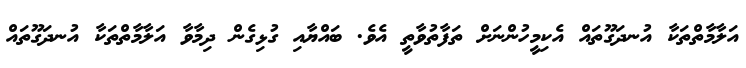
އަލާމާތްތަކާ އުނދަގޫތައް އެކިމީހުންނަށް ތަފާތުވާތީ އެވެ. ބައްޔާއި ގުޅިގެން ދިމާވާ އަލާމާތްތަކާ އުނދަގޫތައް